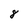
Character: 8